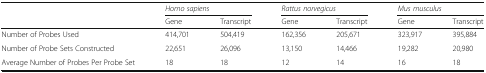
| <ROWSPAN=2>  | <COLSPAN=2> Homo sapiens | <COLSPAN=2> Rattus norvegicus | <COLSPAN=2> Mus musculus |
 | Gene | Transcript | Gene | Transcript | Gene | Transcript |
 | --- | --- | --- | --- | --- | --- | --- |
 | Number of Probes Used | 414,701 | 504,419 | 162,356 | 205,671 | 323,917 | 395,884 |
 | Number of Probe Sets Constructed | 22,651 | 26,096 | 13,150 | 14,466 | 19,282 | 20,980 |
 | Average Number of Probes Per Probe Set | 18 | 18 | 12 | 14 | 16 | 18 |